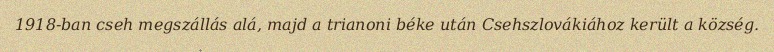
1918-ban cseh megszállás alá, majd a trianoni béke után Csehszlovákiához került a község.